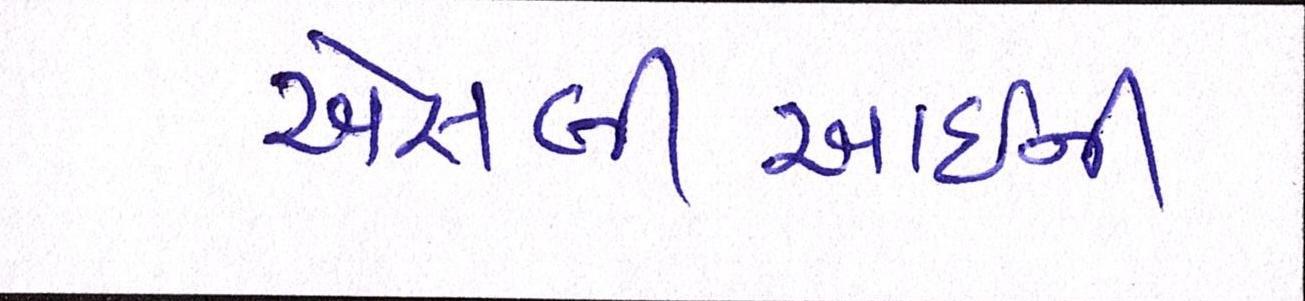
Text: એસબીઆઇની